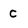
Character: C